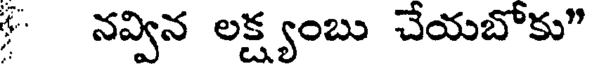
నవ్విన లక్ష్యంబు చేయబోకు"